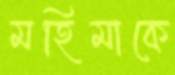
মহিমাকে